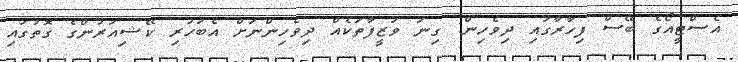
އެސްޓީއޯގެ ބޭސް ފިހާރާގައި ދިވެހިން: ގިނަ ވަޒީފާތަކެއް ދިވެހިންނަށް އެބަހުރި ކޭޝިއަރުންގެ ގޮތުގައި